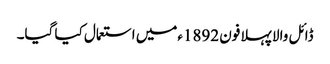
ڈائل والا پہلا فون 1892ءمیں استعمال کیا گیا۔